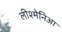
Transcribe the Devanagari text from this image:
लीश्मेनिआ